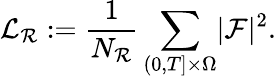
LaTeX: \mathcal{L}_{\mathcal{R}}:=\frac{1}{N_{\mathcal{R}}}\sum_{(0,T]\times\Omega}\mathopen|\mathcal{F}\mathclose|^{2}.